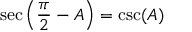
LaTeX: \sec \left( { \frac { \pi } { 2 } } - A \right) = \csc ( A )